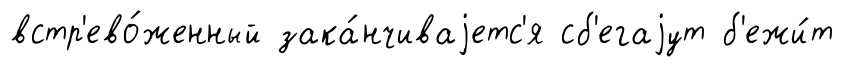
встр'ево́женный зака́нчиваjетс'я сб'егаjут б'ежи́т